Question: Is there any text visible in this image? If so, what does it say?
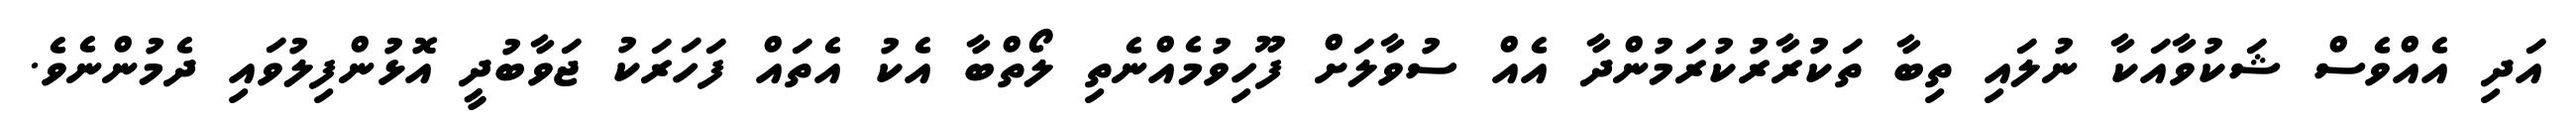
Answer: އަދި އެއްވެސް ޝަކުވާއަކާ ނުލައި ތިބާ ތަކުރާރުކުރަމުންދާ އެއް ސުވާލަށް ފޫހިވުމެއްނެތި ލޯތްބާ އެކު އެތައް ފަހަރަކު ޖަވާބުދީ އޮޅުންފިލުވައި ދެމުންނެވެ.